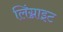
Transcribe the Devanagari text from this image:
लिंग्नाइट